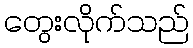
တွေးလိုက်သည်